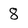
Character: 8